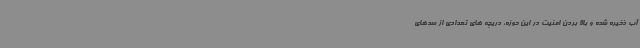
آب ذخیره شده و بالا بردن امنیت در این حوزه، دریچه های تعدادی از سدهای